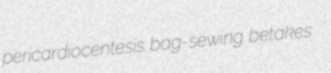
pericardiocentesis bag-sewing betakes